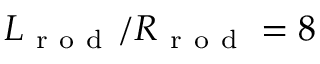
L _ { \mathrm { ~ r ~ o ~ d ~ } } / R _ { \mathrm { ~ r ~ o ~ d ~ } } = 8